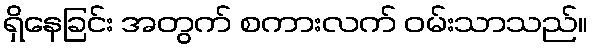
ရှိနေခြင်း အတွက် စကားလက် ဝမ်းသာသည်။